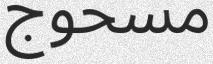
مسحوج